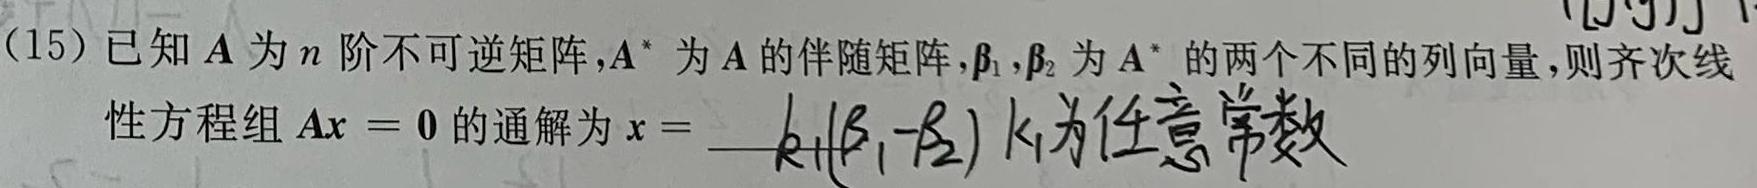
(15) 已知 $\boldsymbol{A}$ 为 $n$ 阶不可逆矩阵, $\boldsymbol{A}^{*}$ 为 $\boldsymbol{A}$ 的伴随矩阵, $\boldsymbol{\beta}_{1}, \boldsymbol{\beta}_{2}$ 为 $\boldsymbol{A}^{*}$ 的两个不同的列向量, 则齐次线性方程组 $\boldsymbol{A}\boldsymbol{x}=\boldsymbol{0}$ 的通解为 $\boldsymbol{x} = k_{1}(\boldsymbol{\beta}_{1}-\boldsymbol{\beta}_{2})$ ($k_{1}$ 为任意常数)